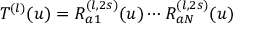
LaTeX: T ^ { ( l ) } ( u ) = R _ { a 1 } ^ { ( l , 2 s ) } ( u ) \cdots R _ { a N } ^ { ( l , 2 s ) } ( u )